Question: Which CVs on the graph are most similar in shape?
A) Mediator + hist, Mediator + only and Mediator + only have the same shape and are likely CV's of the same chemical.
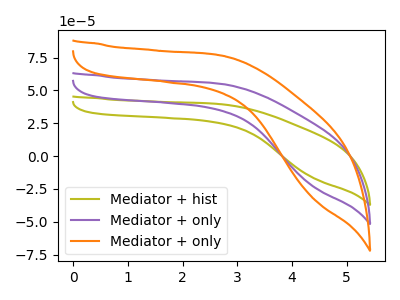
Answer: <think>The olive curve "Mediator + hist" has no peaks. The purple curve "Mediator + only" has no peaks. The orange curve "Mediator + only" has no peaks.
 Neither "Mediator + hist" or "Mediator + only" have any peaks. Neither "Mediator + hist" or "Mediator + only" have any peaks. Neither "Mediator + only" or "Mediator + only" have any peaks.</think>
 <answer>A) "Mediator + hist", "Mediator + only" and "Mediator + only" have the same shape and are likely CV's of the same chemical.</answer>
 <eval>A</eval>